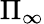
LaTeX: \Pi_{\infty}